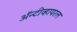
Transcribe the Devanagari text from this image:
अॅन्टीव्हायरल